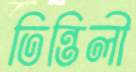
তিন্তিলী